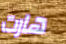
هارت